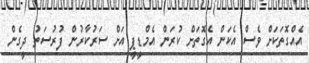
އެއްގޮތަކަށް ވެސް އެކަން އެގޮތަށް ކުރަން އެމްޑީޕީ އަށް ސަރުކާރުން ފުރުސަތު ދީގެން